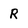
Character: R